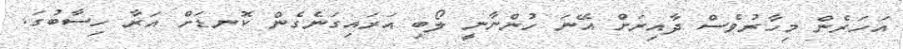
އަހަރެން މިހާރުވެސް ދާއިރަށް އޭނަ ހުންނާނީ ލޯބި އަރައިގަނެގެން ކޮނޑަށް އަރާ ހިސާބުގަ.